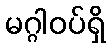
မဂ္ဂါဝပ်ရှိ